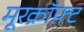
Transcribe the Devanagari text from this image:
मूरक्रॉफ़्ट